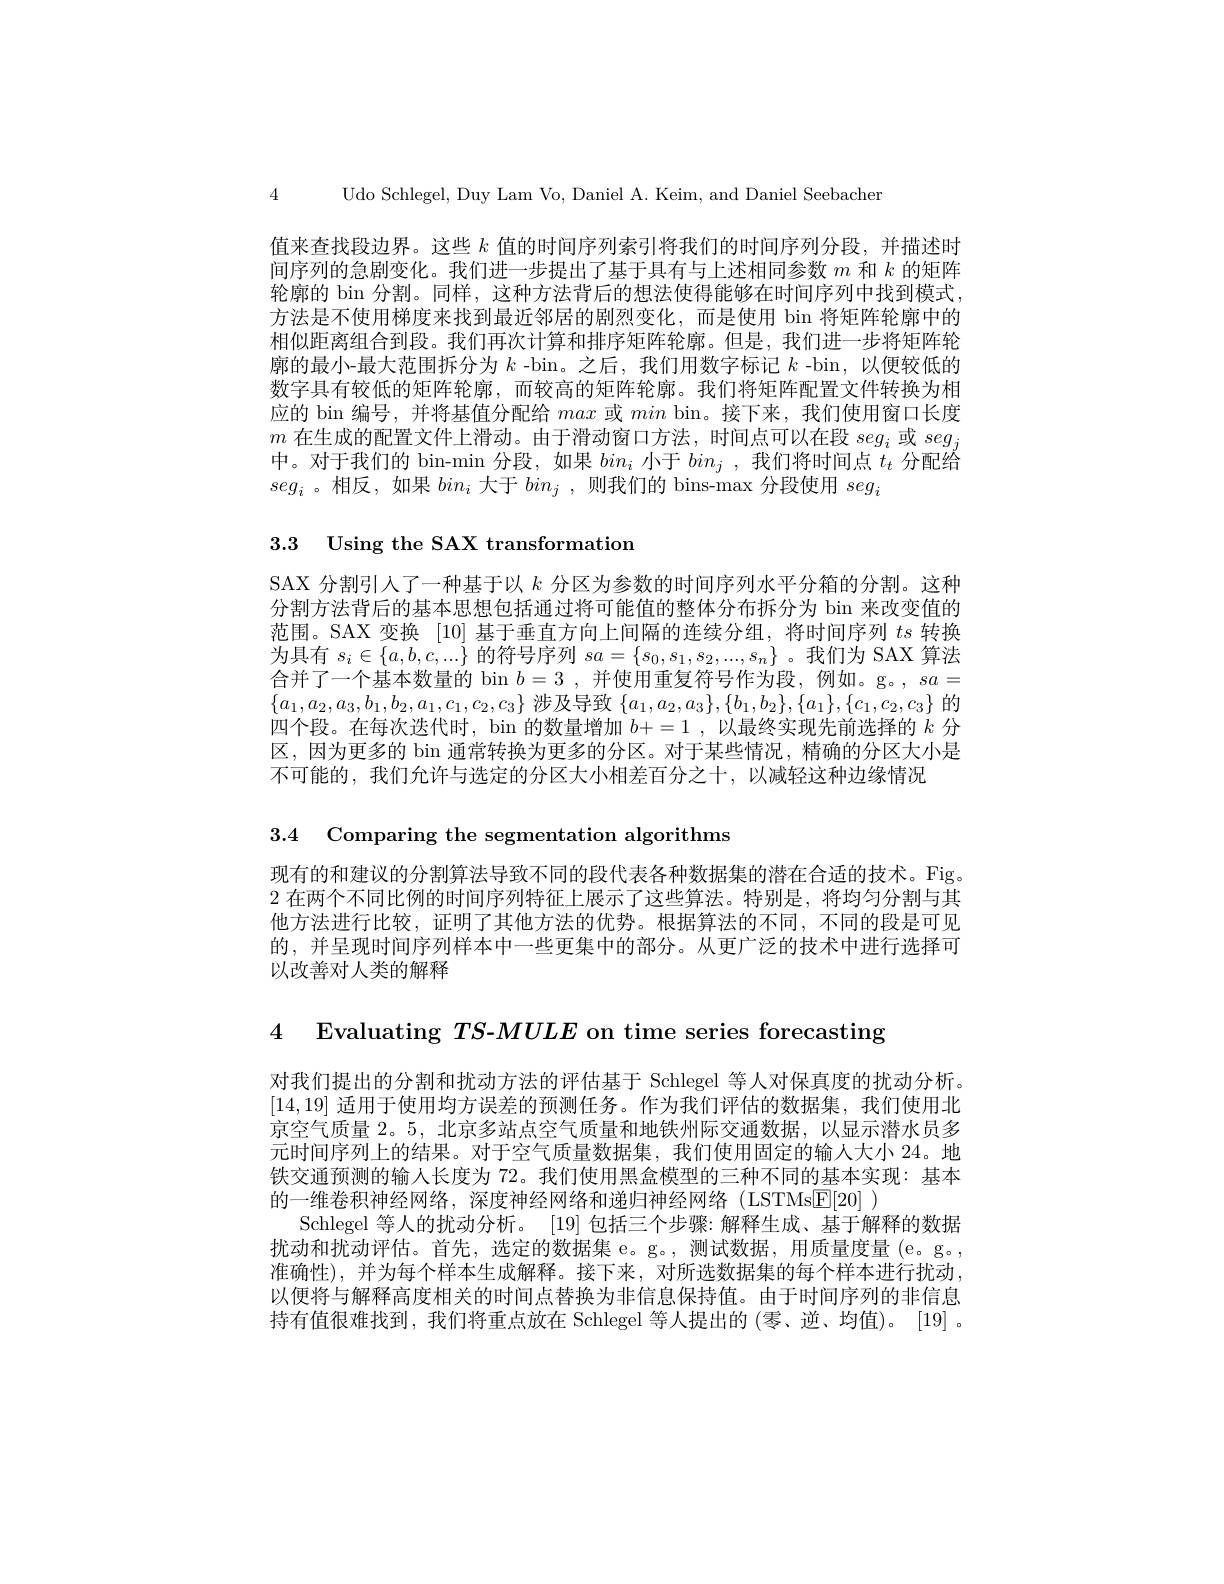
4 Udo Schlegel, Duy Lam Vo, Daniel A. Keim, and Daniel Seebacher

值来查找段边界。这些$k$值的时间序列索引将我们的时间序列分段，并描述时间序列的急剧变化。我们进一步提出了基于具有与上述相同参数$m$和$k$的矩阵轮廓的 bin 分割。同样，这种方法背后的想法使得能够在时间序列中找到模式， 方法是不使用梯度来找到最近邻居的剧烈变化，而是使用 bin 将矩阵轮廓中的相似距离组合到段。我们再次计算和排序矩阵轮廓。但是，我们进一步将矩阵轮廓的最小-最大范围拆分为$k$ -bin。之后，我们用数字标记$k$ -bin,以便较低的数字具有较低的矩阵轮廓，而较高的矩阵轮廓。我们将矩阵配置文件转换为相应的 bin 编号，并将基值分配给max或min bin。接下来，我们使用窗口长度$m$在生成的配置文件上滑动。由于滑动窗口方法，时间点可以在段$seg_i$或$seg_j$ 中。对于我们的 bin-min 分段，如果$bin_i$小于$bin_j$ ,我们将时间点$t_t$分配给$seg_i$ 。相反，如果$bin_i$大于$bin_j$ ,则我们的 bins-max 分段使用$seg_i$

3.3 Using the SAX transformation

SAX 分割引入了一种基于以$k$分区为参数的时间序列水平分箱的分割。这种分割方法背后的基本思想包括通过将可能值的整体分布拆分为 bin 来改变值的范围。SAX 变换 [10] 基于垂直方向上间隔的连续分组，将时间序列$ts$转换为具有$s_i\in\{a,b,c,...\}$的符号序列$sa=\{s_0,s_1,s_2,...,s_n\}$ 。我们为 SAX 算法合并了一个基本数量的 bin $b=3$,并使用重复符号作为段，例如。g。, $sa=$ $\{a_1,a_2,a_3,b_1,b_2,a_1,c_1,c_2,c_3\}$涉及导致$\{a_1,a_2,a_3\},\{b_1,b_2\},\{a_1\},\{c_1,c_2,c_3\}$的四个段。在每次迭代时，bin 的数量增加$b+=1$ ,以最终实现先前选择的$k$分区，因为更多的 bin 通常转换为更多的分区。对于某些情况，精确的分区大小是不可能的，我们允许与选定的分区大小相差百分之十，以减轻这种边缘情况

3.4 Comparing the segmentation algorithms

现有的和建议的分割算法导致不同的段代表各种数据集的潜在合适的技术。Fig。2 在两个不同比例的时间序列特征上展示了这些算法。特别是，将均匀分割与其他方法进行比较，证明了其他方法的优势。根据算法的不同，不同的段是可见的，并呈现时间序列样本中一些更集中的部分。从更广泛的技术中进行选择可以改善对人类的解释

4 Evaluating $TS$-$MULE$ on time series forecasting

对我们提出的分割和扰动方法的评估基于 Schlegel 等人对保真度的扰动分析。[14,19]适用于使用均方误差的预测任务。作为我们评估的数据集，我们使用北京空气质量 2。5, 北京多站点空气质量和地铁州际交通数据，以显示潜水员多元时间序列上的结果。对于空气质量数据集，我们使用固定的输人大小 24。地铁交通预测的输人长度为 72。我们使用黑盒模型的三种不同的基本实现：基本的一维卷积神经网络，深度神经网络和递归神经网络(LSTMsE[20] )
Schlegel 等人的扰动分析。[19]包括三个步骤：解释生成、基于解释的数据扰动和扰动评估。首先，选定的数据集 e。g。,测试数据，用质量度量(e。g。, 准确性),并为每个样本生成解释。接下来，对所选数据集的每个样本进行扰动， 以便将与解释高度相关的时间点替换为非信息保持值。由于时间序列的非信息持有值很难找到，我们将重点放在 Schlegel 等人提出的(零、逆、均值)。[19]。